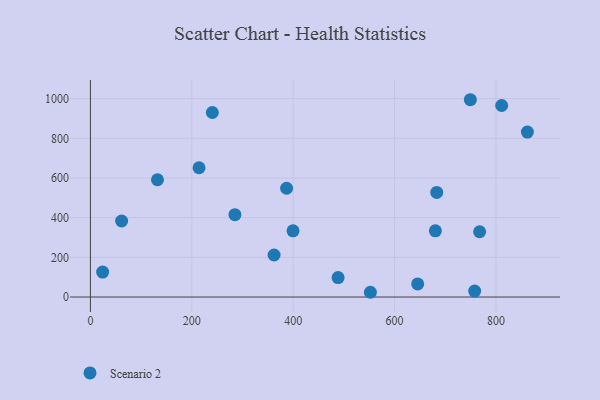
{"axis": {"x": "Engine Size", "y": "Sales"}, "legend": ["Scenario 2"], "data": [{"x": "387.0", "y": 548.3, "type": "Scenario 2"}, {"x": "862.0", "y": 831.2, "type": "Scenario 2"}, {"x": "488.6", "y": 98.2, "type": "Scenario 2"}, {"x": "240.5", "y": 930.0, "type": "Scenario 2"}, {"x": "214.3", "y": 651.6, "type": "Scenario 2"}, {"x": "285.1", "y": 415.3, "type": "Scenario 2"}, {"x": "811.3", "y": 965.4, "type": "Scenario 2"}, {"x": "680.5", "y": 333.8, "type": "Scenario 2"}, {"x": "399.7", "y": 333.7, "type": "Scenario 2"}, {"x": "749.5", "y": 994.5, "type": "Scenario 2"}, {"x": "758.0", "y": 30.2, "type": "Scenario 2"}, {"x": "767.8", "y": 328.9, "type": "Scenario 2"}, {"x": "132.3", "y": 591.0, "type": "Scenario 2"}, {"x": "24.1", "y": 125.8, "type": "Scenario 2"}, {"x": "683.2", "y": 527.2, "type": "Scenario 2"}, {"x": "362.3", "y": 211.8, "type": "Scenario 2"}, {"x": "61.6", "y": 383.1, "type": "Scenario 2"}, {"x": "645.6", "y": 65.9, "type": "Scenario 2"}, {"x": "552.3", "y": 23.9, "type": "Scenario 2"}]}